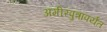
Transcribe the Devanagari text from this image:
अमीरपुत्रापर्यंत